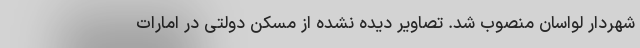
شهردار لواسان منصوب شد. تصاویر دیده نشده از مسکن دولتی در امارات